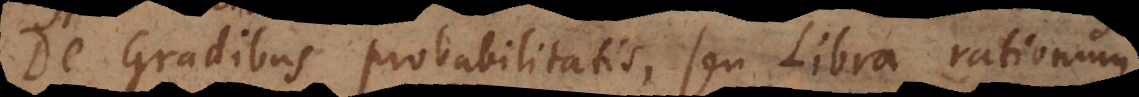
De Gradibus probabilitatis, seu Libra rationum